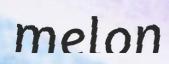
melon